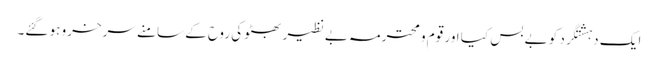
ایک دہشتگرد کو بے بس کیا اور قوم و محترمہ بے نظیر بھٹو کی روح کے سامنے سرخرو ہو گئے۔